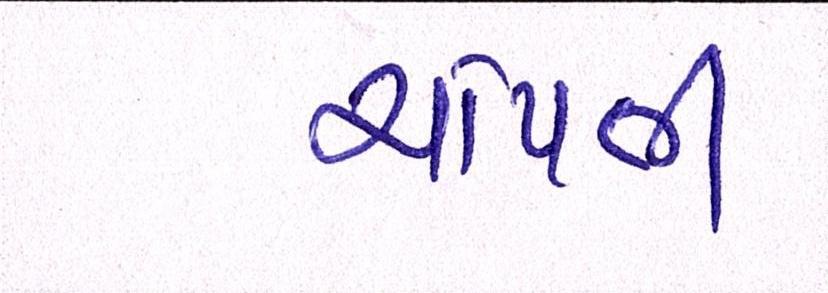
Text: ચાંપતી